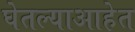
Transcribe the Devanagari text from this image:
घेतल्याआहेत